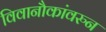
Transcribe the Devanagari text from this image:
विवानौकांवरुन